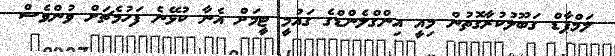
ލަމްޕާޑް ގަބޫލުކުރާގޮތުން މިއީ އިންގްލެންޑްގެ ގައުމީ ޓީމަށް އެނާ ކުޅޭނެ ފަހުމެޗަށް ވުންވެސް